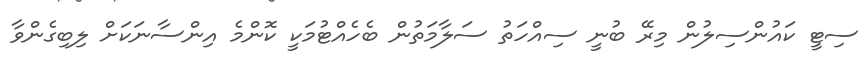
ސިޓީ ކައުންސިލުން މިރޭ ބުނީ ސިއްހަތު ސަލާމަތުން ބެހެއްޓުމަކީ ކޮންމެ އިންސާނަކަށް ލިބިގެންވާ